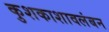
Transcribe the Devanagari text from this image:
कुशकाशावलंबन